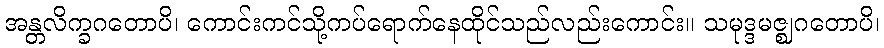
အန္တလိက္ခဂတောပိ၊ ကောင်းကင်သို့ကပ်ရောက်နေထိုင်သည်လည်းကောင်း။ သမုဒ္ဒမဇ္ဈဂတောပိ၊